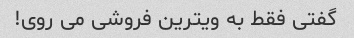
گفتی فقط به ویترین فروشی می روی!